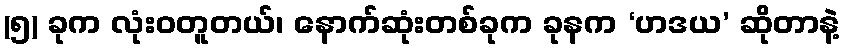
(၅) ခုက လုံးဝတူတယ်၊ နောက်ဆုံးတစ်ခုက ခုနက ‘ဟဒယ’ ဆိုတာနဲ့